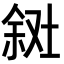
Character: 𪣸